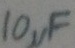
Text: 10µF